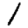
Digit: 1